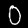
Label: 0